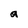
Character: a